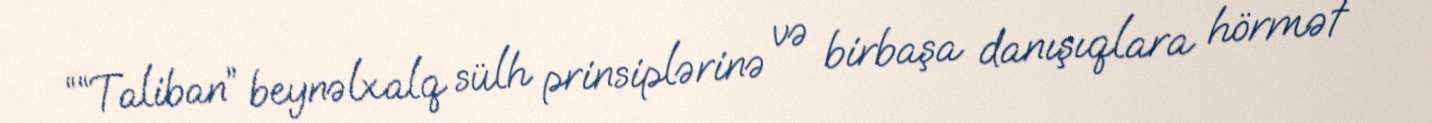
““Taliban” beynəlxalq sülh prinsiplərinə və birbaşa danışıqlara hörmət